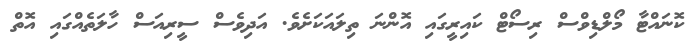
ކޮނައްޓާ މޯލްޑިވްސް ރިސޯޓް ކައިރީގައި އޮންނަ ތިލައަކަށެވެ. އަދިވެސް ސީރިއަސް ހާލަތެއްގައި އޮތް